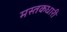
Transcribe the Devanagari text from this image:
मस्तकधारी